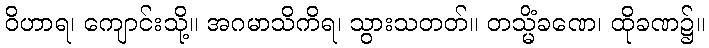
ဝိဟာရ၊ ကျောင်းသို့။ အဂမာသိကိရ၊ သွားသတတ်။ တသ္မိံခဏေ၊ ထိုခဏ၌။